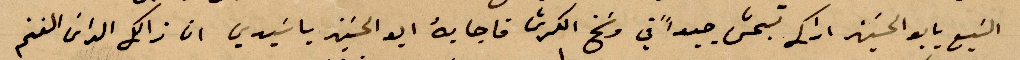
السبع يا أبو الحسين اراك تبحّر جيدًا في وسخ الكرش فاجابه أبو الحسين يا سيدي ان ذلك الداني الفخم